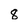
Character: 8